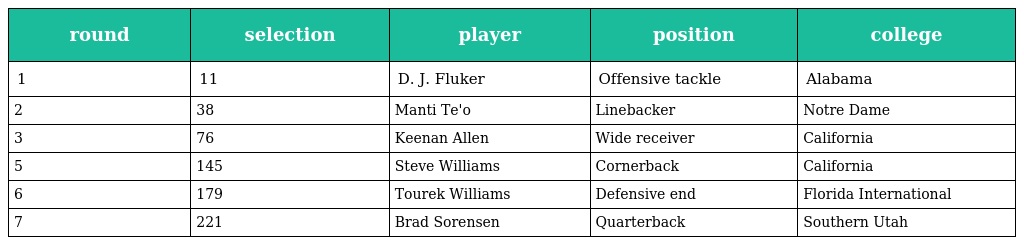
| round | selection | player | position | college |
 | --- | --- | --- | --- | --- |
 | 1 | 11 | D. J. Fluker | Offensive tackle | Alabama |
 | 2 | 38 | Manti Te'o | Linebacker | Notre Dame |
 | 3 | 76 | Keenan Allen | Wide receiver | California |
 | 5 | 145 | Steve Williams | Cornerback | California |
 | 6 | 179 | Tourek Williams | Defensive end | Florida International |
 | 7 | 221 | Brad Sorensen | Quarterback | Southern Utah |